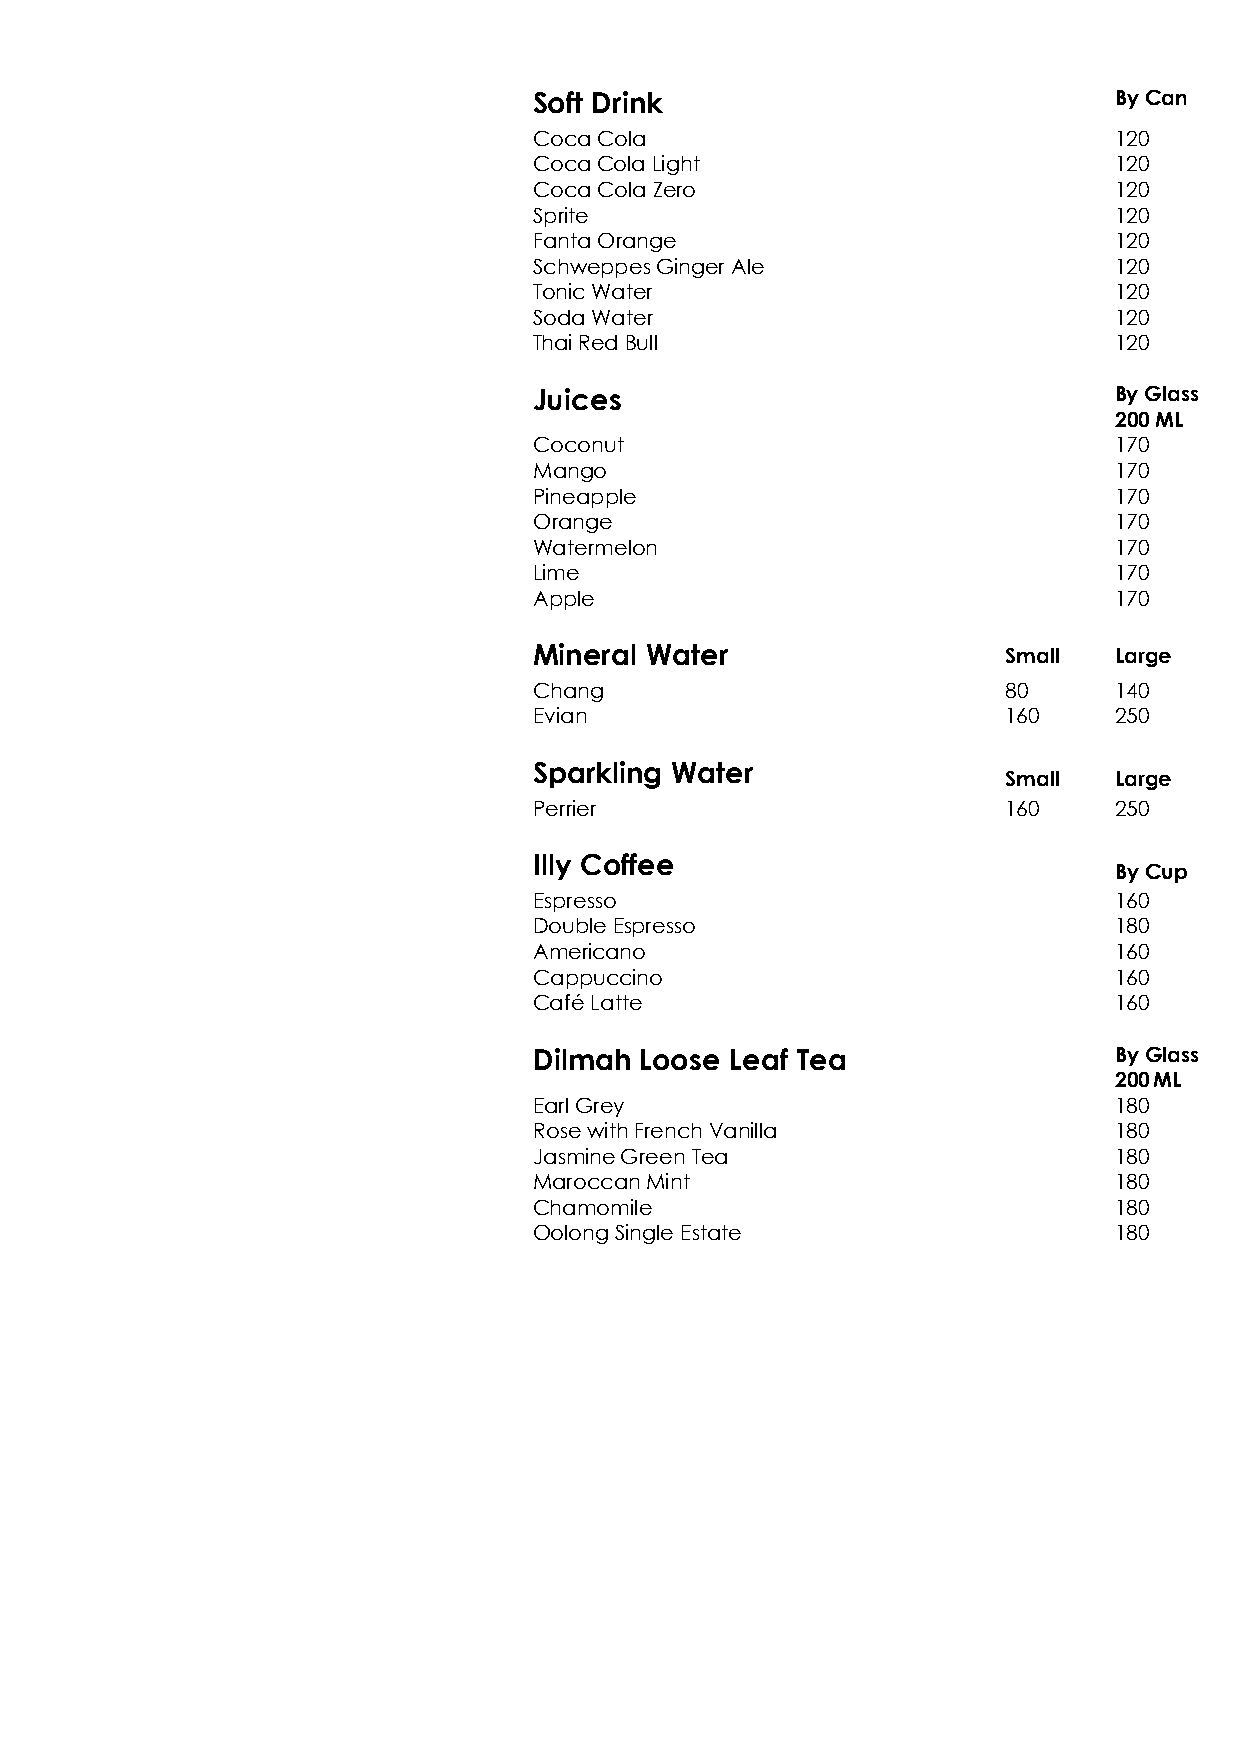
Soft Drink                             By Can
 Coca Cola                              120
 Coca Cola Light                        120
 Coca Cola Zero                         120
 Sprite                                 120
 Fanta Orange                           120
 Schweppes Ginger Ale                   120
 Tonic Water                            120
 Soda Water                             120
 Thai Red Bull                          120
 Juices                                 By Glass
 200 ML
 Coconut                                170
 Mango                                  170
 Pineapple                              170
 Orange                                 170
 Watermelon                             170
 Lime                                   170
 Apple                                  170
 Mineral Water                   Small  Large
 Chang                           80     140
 Evian                           160    250
 Sparkling Water
 Small  Large
 Perrier                         160    250
 Illy Coffee
 By Cup
 Espresso                               160
 Double Espresso                        180
 Americano                              160
 Cappuccino                             160
 Café Latte                             160
 Dilmah Loose Leaf Tea                  By Glass
 200 ML
 Earl Grey                              180
 Rose with French Vanilla               180
 Jasmine Green Tea                      180
 Maroccan Mint                          180
 Chamomile                              180
 Oolong Single Estate                   180